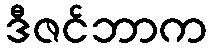
ဒီဇင်ဘာက